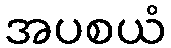
အပစယံ